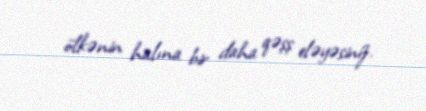
ölkənin halına bir daha qəşş eləyəsiniz.